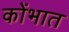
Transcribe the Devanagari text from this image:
कोंभात